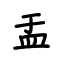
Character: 盂